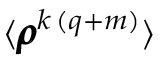
\langle \pmb { \rho } ^ { k \, ( q + m ) } \rangle